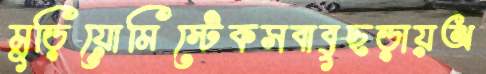
মুড়িয়োমিস্টেকসবাবুছড়ায়অ